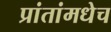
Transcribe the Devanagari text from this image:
प्रांतांमधेच